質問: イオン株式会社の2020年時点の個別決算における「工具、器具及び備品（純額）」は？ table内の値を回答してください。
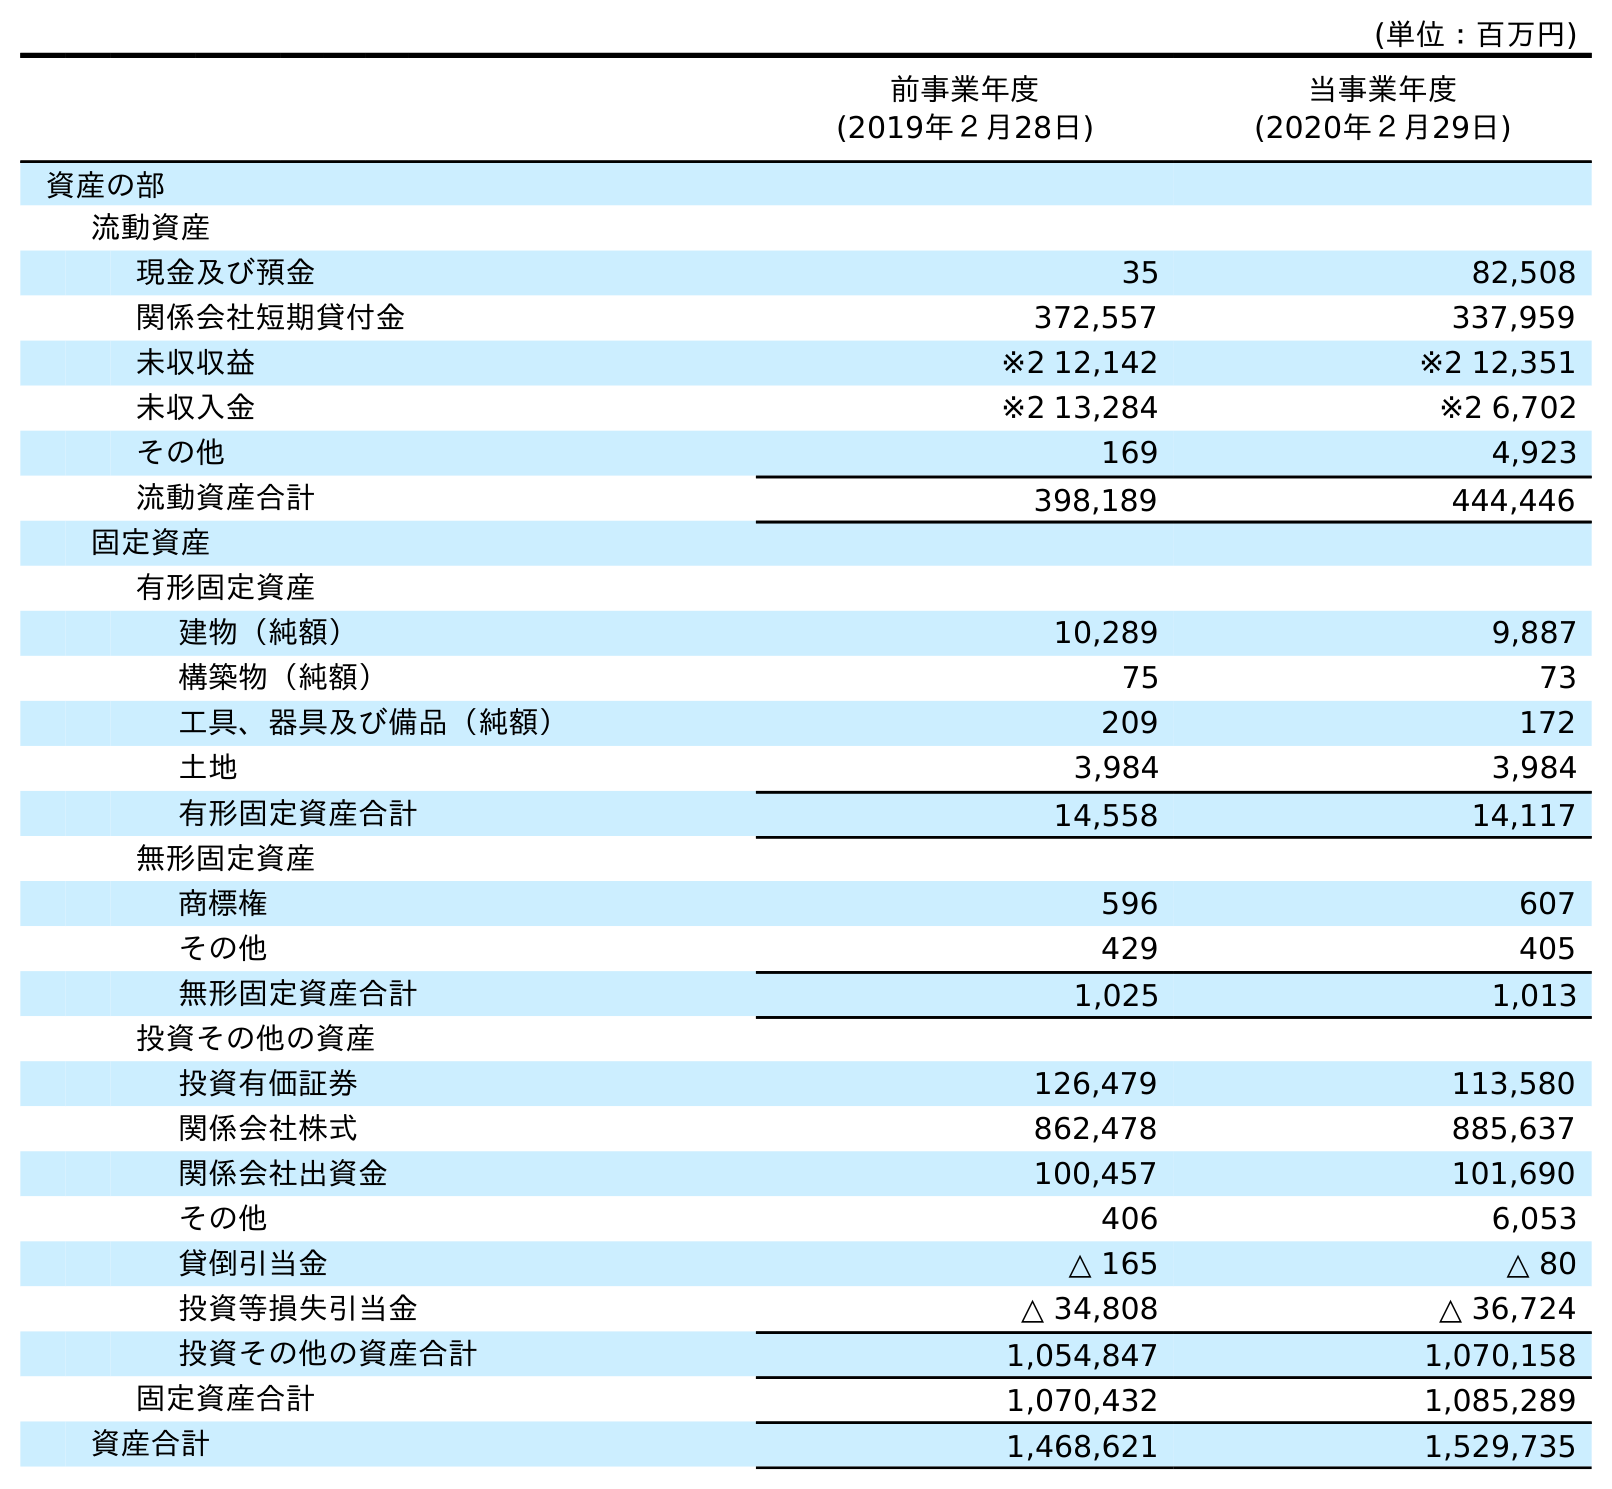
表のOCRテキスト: (単位：百万円) 前事業年度 (2019年２月28日) 当事業年度 (2020年２月29日) 資産の部 流動資産 現金及び預金 35 82,508 関係会社短期貸付金 372,557 337,959 未収収益 ※2 12,142 ※2 12,351 未収入金 ※2 13,284 ※2 6,702 その他 169 4,923 流動資産合計 398,189 444,446 固定資産 有形固定資産 建物（純額） 10,289 9,887 構築物（純額） 75 73 工具、器具及び備品（純額） 209 172 土地 3,984 3,984 有形固定資産合計 14,558 14,117 無形固定資産 商標権 596 607 その他 429 405 無形固定資産合計 1,025 1,013 投資その他の資産 投資有価証券 126,479 113,580 関係会社株式 862,478 885,637 関係会社出資金 100,457 101,690 その他 406 6,053 貸倒引当金 △ 165 △ 80 投資等損失引当金 △ 34,808 △ 36,724 投資その他の資産合計 1,054,847 1,070,158 固定資産合計 1,070,432 1,085,289 資産合計 1,468,621 1,529,735
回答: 172